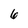
Character: 6